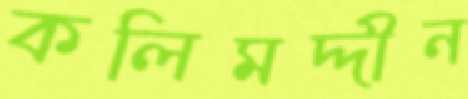
কলিমদ্দীন